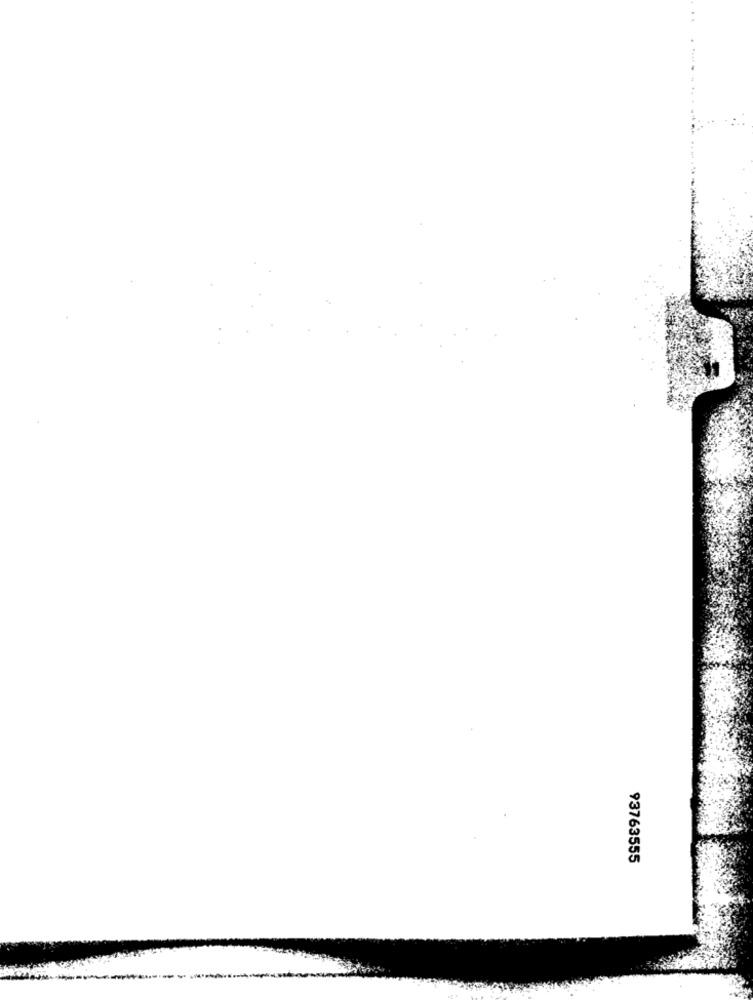
93763555